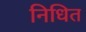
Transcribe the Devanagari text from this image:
निधित